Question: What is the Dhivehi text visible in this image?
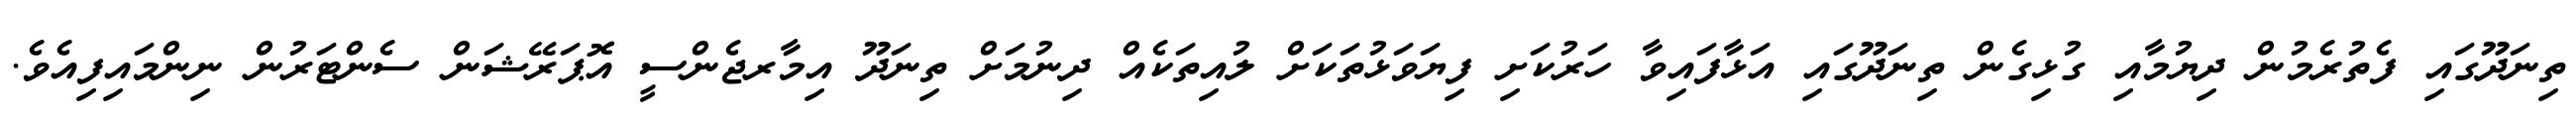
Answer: ތިނަދޫގައި ފެތުރެމުން ދިޔުމާއި ގުޅިގެން ތިނަދޫގައި އަޅާފައިވާ ހަރުކަށި ފިޔަވަޅުތަކަށް ލުއިތަކެއް ދިނުމަށް ތިނަދޫ އިމާރޖެންސީ އޮޕަރޭޝަން ސެންޓަރުން ނިންމައިފިއެވެ.